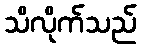
သိလိုက်သည်